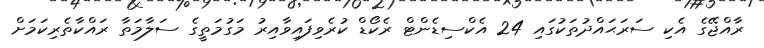
ރާއްޖޭގެ އެކި ސަރަޙައްދުތަކުގައި 24 އެކްސިޑެންޓް ރެކޯޑް ކުރެވިފައިވާއިރު މަގުމަތީގެ ސަލާމަތާ ރައްކާތެރިކަމަށް